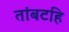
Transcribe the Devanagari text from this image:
तांबटहि